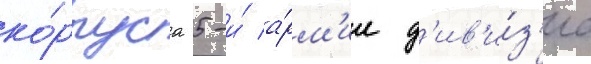
ко́рпуса 5-и́ а́рм'ии д'ив'и́з'иа